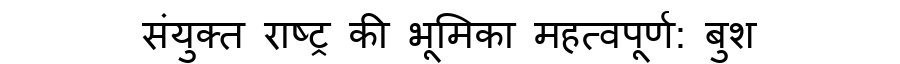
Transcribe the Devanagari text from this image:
संयुक्त राष्ट्र की भूमिका महत्वपूर्ण: बुश